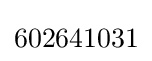
602641031